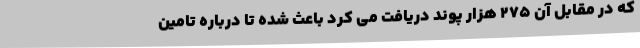
که در مقابل آن 275 هزار پوند دریافت می کرد باعث شده تا درباره تامین